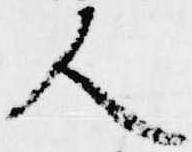
人